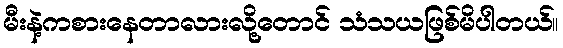
မီးနဲ့ကစားနေတာလားလို့တောင် သံသယဖြစ်မိပါတယ်။